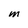
Character: M